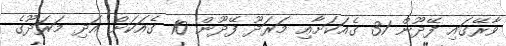
ވާރޭގައި ފޭދޫން 31 ގެއަކަށާއި މަރަދޫ ފޭދޫން 10 ގެއަކަށް އަދި މަރަދޫގެ